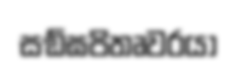
සඞ්ඝපිතෘවරයා